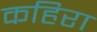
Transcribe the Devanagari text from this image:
कहिरा